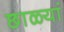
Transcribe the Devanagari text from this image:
छाळ्यां